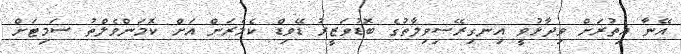
އޭނާ އިތުރަށް ވިދާޅުވީ އިނގިރޭސިވިލާތުގެ ބޮޑުވަޒީރު ޑޭވިޑް ކެމެރަން އަށް ކޮމަންވެލްތު ސަމިޓަށް